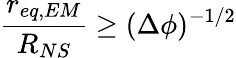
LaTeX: \frac{r_{eq,EM}}{R_{NS}}\geq(\Delta\phi)^{-1/2}